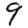
Digit: 9